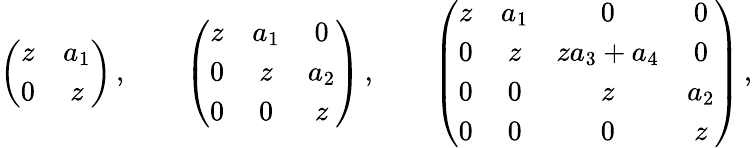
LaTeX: \left(\begin{array}{cc}{z}&{a_{1}}\\ {0}&{z}\end{array}\right)\, ,\qquad\left(\begin{array}{ccc}{z}&{a_{1}}&{0}\\ {0}&{z}&{a_{2}}\\ {0}&{0}&{z}\end{array}\right)\, ,\qquad\left(\begin{array}{cccc}{z}&{a_{1}}&{0}&{0}\\ {0}&{z}&{za_{3}+a_{4}}&{0}\\ {0}&{0}&{z}&{a_{2}}\\ {0}&{0}&{0}&{z}\end{array}\right)\, ,